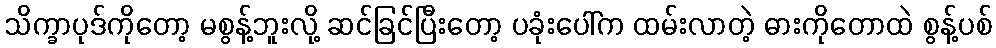
သိက္ခာပုဒ်ကိုတော့ မစွန့်ဘူးလို့ ဆင်ခြင်ပြီးတော့ ပခုံးပေါ်က ထမ်းလာတဲ့ ဓားကိုတောထဲ စွန့်ပစ်